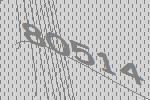
80514